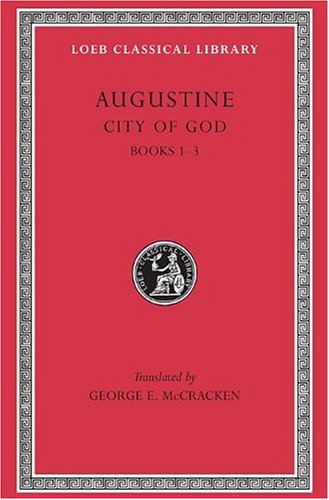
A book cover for Augustine: City of God, Volume I, Books 1-3 (Loeb Classical Library No. 411); Augustine; Politics & Social Sciences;